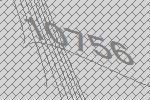
10756